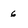
Character: 6